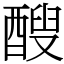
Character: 醙